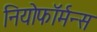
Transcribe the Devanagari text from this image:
नियोफॉर्मन्स